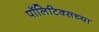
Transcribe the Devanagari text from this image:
पॉलिटिक्सच्या